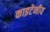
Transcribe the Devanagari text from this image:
काइटेनीय